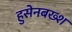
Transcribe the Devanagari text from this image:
हुसेनबख्श